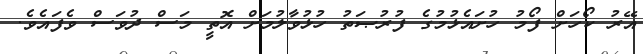
އޭރު ކޯހަށް ފޯމު ހުށައެޅުމުގެ ފުރުޞަތު ހުޅުވާލުމަށް އޮތީ މަސް ދުވަސް ވެފައެވެ.